Civil Veterinary Dept. Assam report 1927-50 - 1927-1950
Year: 1927
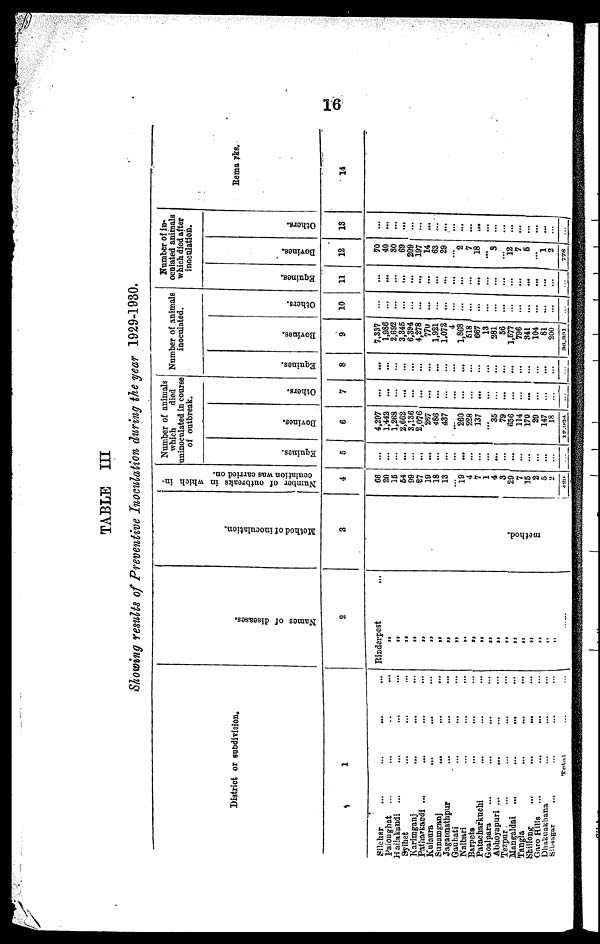
16
TABLE
III
Showing remits
of Preventive
Inoculation
during the year
1929-1930.
District or subdivision.
1
Silchar ... ... ... ...
Paloughat ... ... .. ...
Hailakandi ... ... ... ...
Sylhet ... ... ...
Karimganj ... ... ...
Patharkandi ... ... ... ...
Kulaurs ... ... ...
Sunamganj
... ... ...
Jagannathpur ... ... ...
Gauhati ... ... ...
Nalbari ... ... ...
Barpets ... ... ...
Patacharkuchi ... ... ...
Goalpara ... ... ... ...
Abhoyapuri ... ... ... ...
Tezpur ... ... ... ...
Mangaldai ...
...
... ...
Tangia ... ... ...
Shillong
...
...
... ...
Garo Hills ... ... ... ...
Dhakuakhana ... ... ...
Sibsagar ... ... ... ...
Total ... ...
Na me s of di s eas es .
2
Rinderpest ...
„
„
„
„
„
„
„ „
„ „
„
„
„
„
„
„
„
„
„
......
Me th
o d of i
nocul at i
on.
3
method.
Number of outbreaks in which in-
oculation was carried on.
4
66
20
15
54
99
27 19 18
13
...
19 4
7
1
4
3
29 7
15
2
5
2
420
Number of animals
which
died
uninoculated in course
of outbreak.
Equines.
5
...
...
...
...
...
...
...
...
...
...
... ...
...
...
... ...
...
...
...
...
...
Bovines.
6
4,297
1,442
1,268
2,662
3,136
2,076
267
486
437
...
260 228
137
...
35 79
656
114
170
29
147
18
17,024
Others.
7
...
...
...
...
...
... ...
...
...
...
...
...
...
...
...
...
... ...
...
...
...
...
...
Number of animals
inoculated.
Equines.
8
...
...
...
...
...
... ...
...
...
...
...
...
... ...
...
...
...
...
...
...
...
...
Bovines.
9
7,337
1,986
2,692
3,346
6,394
4,278
770
1,921
1,072
4
1,868 618
667
13
281
56
1,577
796
341
104
81
200
94, 301
Others.
10
...
...
...
...
...
... ...
...
...
...
... ...
... ...
...
...
... ...
...
...
...
...
...
Number of in-
oculated animals
which died after
inoculation.
Equines.
11
...
...
...
...
...
...
...
...
...
...
...
...
...
...
...
...
... ...
...
...
...
...
...
Bovines.
12
70
40
80
69
209
197
14
63
29
...
2 7
18
...
3
12
7
6
1
2
778
Others.
13
...
...
...
...
...
...
...
...
... ...
...
...
...
...
...
...
...
...
...
Remarks.
14